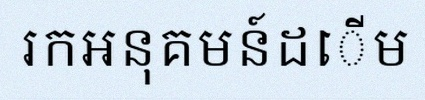
រកអនុគមន៍ដើម